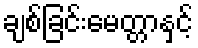
ချစ်ခြင်းမေတ္တာနှင့်